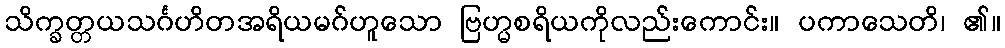
သိက္ခတ္တယသင်္ဂဟိတအရိယမဂ်ဟူသော ဗြဟ္မစရိယကိုလည်းကောင်း။ ပကာသေတိ၊ ၏။